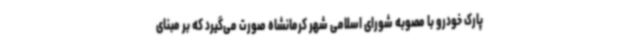
پارک خودرو با مصوبه شورای اسلامی شهر کرمانشاه صورت می‌گیرد که بر مبنای